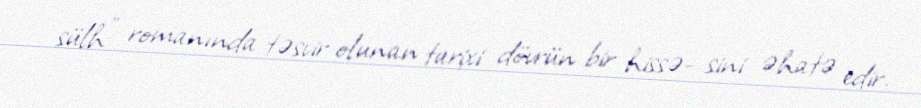
sülh" romanında təsvir olunan tarixi dövrün bir hissə- sini əhatə edir.